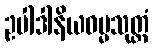
ဥပါဒါနိယဓမ္မသုတ္တံ